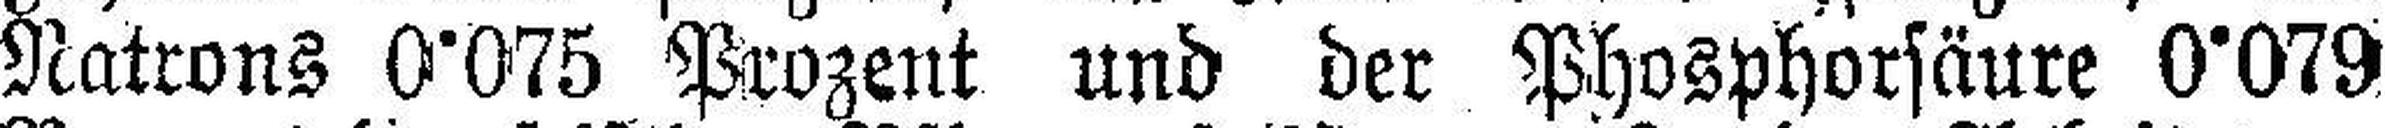
Natrons 0°075 Prozent und der Phosphorsäure 0°079